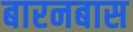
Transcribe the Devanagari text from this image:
बारनबास